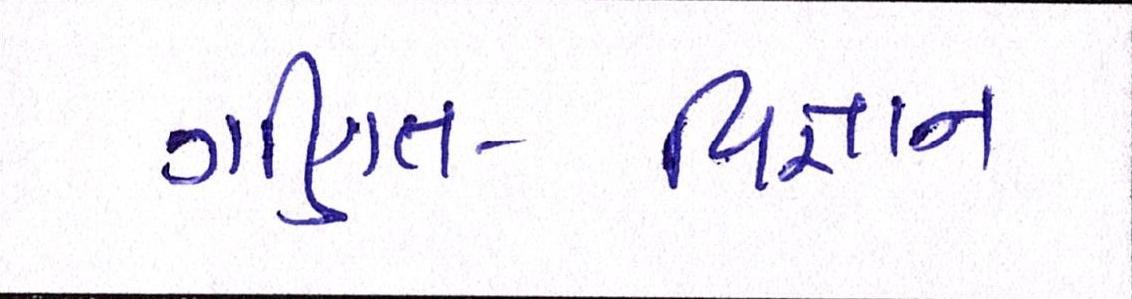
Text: ગણિત-વિજ્ઞાન